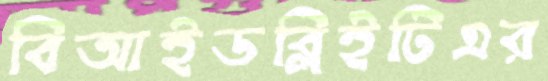
বিআইডব্লিইটিএর